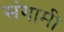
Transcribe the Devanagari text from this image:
संगामी